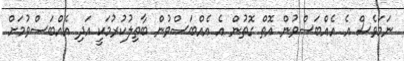
ނަމަވެސް އެ އެއްބަސްވުން އޮތް ގޮތުން އެ އެއްބަސްވުން ބާތިލުކުރުމަކީ އަދި އެއްބަސްވުމަށް